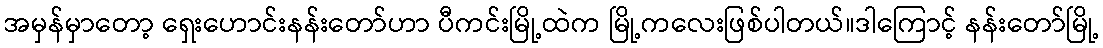
အမှန်မှာတော့ ရှေးဟောင်းနန်းတော်ဟာ ပီကင်းမြို့ထဲက မြို့ကလေးဖြစ်ပါတယ်။ဒါကြောင့် နန်းတော်မြို့